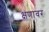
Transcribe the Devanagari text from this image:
क्षणावर